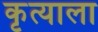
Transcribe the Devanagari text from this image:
कृत्याला